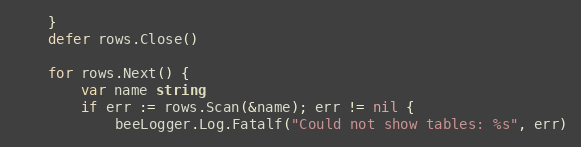
Language: Go
	}
	defer rows.Close()

	for rows.Next() {
		var name string
		if err := rows.Scan(&name); err != nil {
			beeLogger.Log.Fatalf("Could not show tables: %s", err)